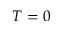
T = 0